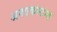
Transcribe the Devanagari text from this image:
अनएकस्टम्ड